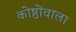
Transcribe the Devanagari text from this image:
कोष्ठोंवाला